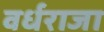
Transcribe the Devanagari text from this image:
वर्धराजा